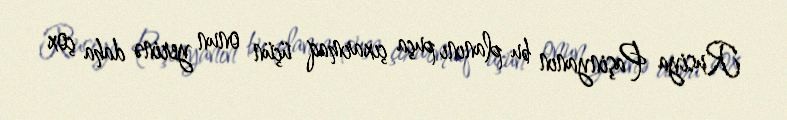
Rusiya Paşinyanın bu planını puça çıxarmaq üçün onun yerinə daha çox